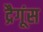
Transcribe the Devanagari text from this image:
द्रैगूंस